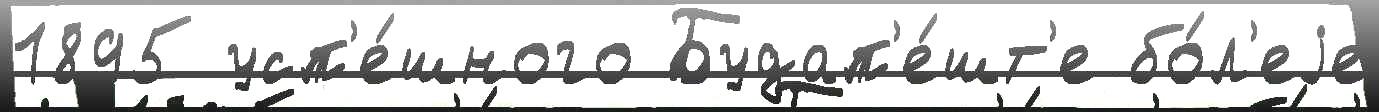
1895 усп'е́шного Будап'е́шт'е бо́л'еjе